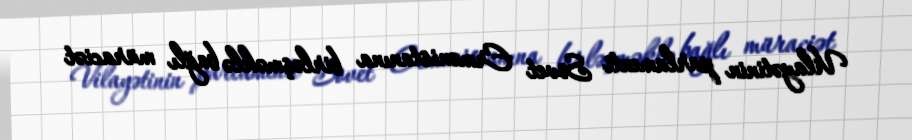
Vilayətinin parlamenti Sovet Ermənistanına birləşməklə bağlı müraciət